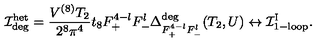
{ \cal I } _ { \mathrm { d e g } } ^ { \mathrm { h e t } } = \frac { V ^ { ( 8 ) } T _ { 2 } } { 2 ^ { 8 } \pi ^ { 4 } } t _ { 8 } F _ { + } ^ { 4 - l } F _ { - } ^ { l } \Delta _ { F _ { + } ^ { 4 - l } F _ { - } ^ { l } } ^ { \mathrm { d e g } } ( T _ { 2 } , U ) \leftrightarrow { \cal I } _ { \mathrm { 1 - l o o p } } ^ { \mathrm { I } } .